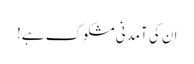
ان کی آمدنی مشکوک ہے!